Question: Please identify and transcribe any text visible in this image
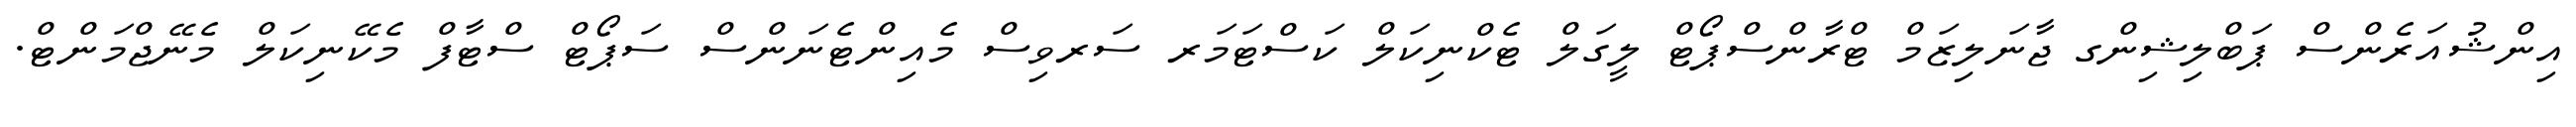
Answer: އިންޝުއަރެންސް ޕަބްލިޝިންގ ޖާނަލިޒަމް ޓްރާންސްޕޯޓް ލީގަލް ޓެކްނިކަލް ކަސްޓަމަރ ސަރވިސް މެއިންޓެނަންސް ސަޕޯޓް ސްޓާފް މެކޭނިކަލް މެނޭޖްމަންޓް.